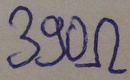
Text: 390Ω